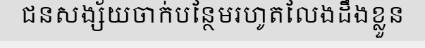
ជនសង្ស័យចាក់បន្ថែមរហូតលែងដឹងខ្លួន